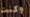
وكنت